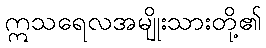
ဣသရေလအမျိုးသားတို့၏